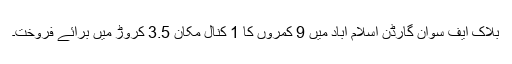
بلاک ایف سوان گارڈن اسلام آباد میں 9 کمروں کا 1 کنال مکان 3.5 کروڑ میں برائے فروخت۔